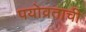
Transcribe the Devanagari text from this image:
पयोव्रताची